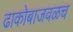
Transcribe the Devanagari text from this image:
ढाकोबाजवळच